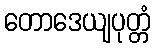
တောဒေယျပုတ္တံ